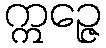
ဣဉ္ဇေ